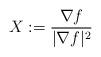
LaTeX: \begin{align*}X:=\frac{\nabla f}{|\nabla f|^2}\end{align*}